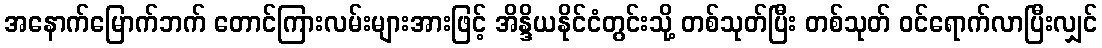
အနောက်မြောက်ဘက် တောင်ကြားလမ်းများအားဖြင့် အိန္ဒိယနိုင်ငံတွင်းသို့ တစ်သုတ်ပြီး တစ်သုတ် ဝင်ရောက်လာပြီးလျှင်